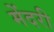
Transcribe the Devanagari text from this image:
मेंदरी